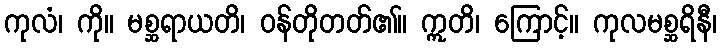
ကုလံ၊ ကို။ မစ္ဆရာယတိ၊ ဝန်တိုတတ်၏။ ဣတိ၊ ကြောင့်။ ကုလမစ္ဆရိနီ၊